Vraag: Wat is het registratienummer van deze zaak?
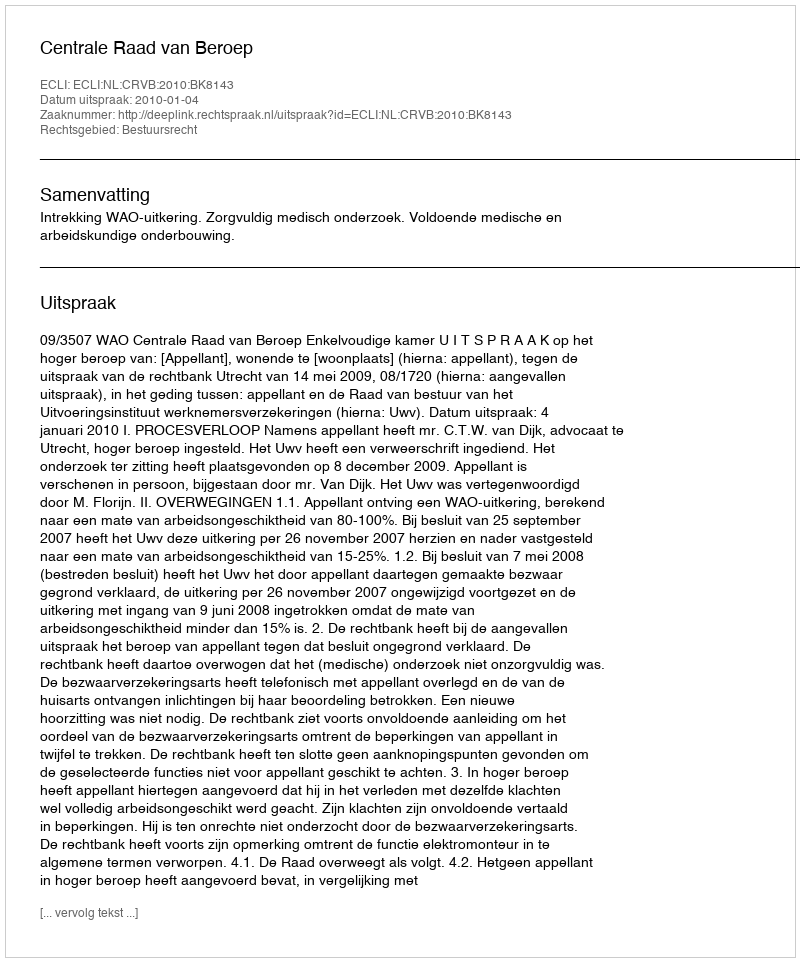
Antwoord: http://deeplink.rechtspraak.nl/uitspraak?id=ECLI:NL:CRVB:2010:BK8143